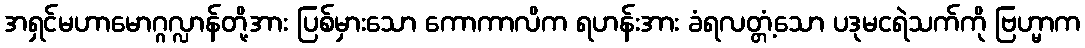
အရှင်မဟာမောဂ္ဂလ္လာန်တို့အား ပြစ်မှားသော ကောကာလိက ရဟန်းအား ခံရလတ္တံ့သော ပဒုမငရဲသက်ကို ဗြဟ္မာက